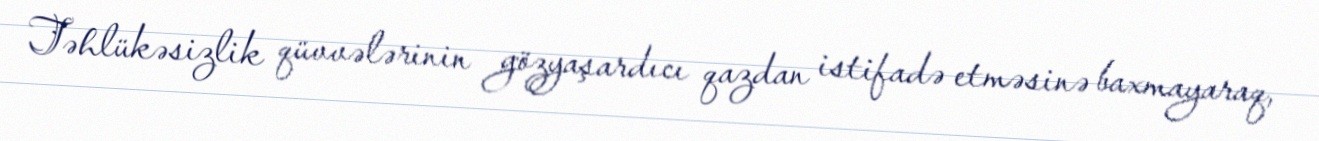
Təhlükəsizlik qüvvələrinin gözyaşardıcı qazdan istifadə etməsinə baxmayaraq,